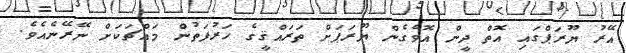
އޭރު ޔޫރަޕްގައި އޮތް ދީން އޮވެގެން ޔޫރަޕަށް ތަރައްޤީގެ ހަރުފަތުން މައްޗަކަށް ނޭރޭނެއެވެ.